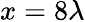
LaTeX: x=8\lambda